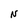
Character: N